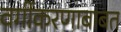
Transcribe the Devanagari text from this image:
वर्गीकरणाबाबत